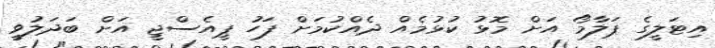
އިޓަލީގެ ޕަލާމޯ އަށް މޮޅު ކުޅުމެއް ދެއްކުމަށް ފަހު ޕީއެސްޖީ އަށް ބަދަލުވީ